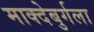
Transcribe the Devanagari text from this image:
माक्देबुर्गला